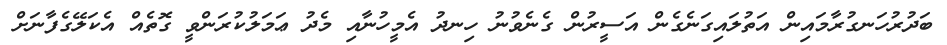
ބަދުރުހަނގުރާމައިން އަތުލައިގަނެގެން އަސީރުން ގެނެވުނު ހިނދު އެމީހުނާއި މެދު ޢަމަލުކުރަންވީ ގޮތެއް އެކަލޭގެފާނަށް